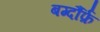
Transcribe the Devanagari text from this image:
बर्ग्दौर्फ़